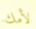
لأمك